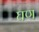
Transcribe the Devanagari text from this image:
घण